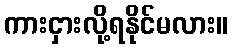
ကားငှားလို့ရနိုင်မလား။